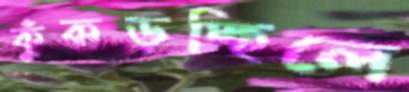
কুঁকড়চ্ছিলে